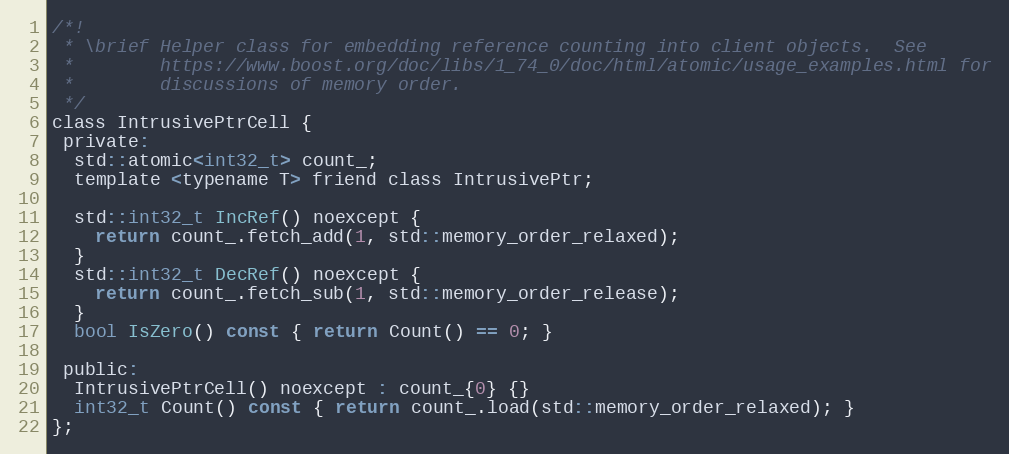
Language: C
/*!
 * \brief Helper class for embedding reference counting into client objects.  See
 *        https://www.boost.org/doc/libs/1_74_0/doc/html/atomic/usage_examples.html for
 *        discussions of memory order.
 */
class IntrusivePtrCell {
 private:
  std::atomic<int32_t> count_;
  template <typename T> friend class IntrusivePtr;

  std::int32_t IncRef() noexcept {
    return count_.fetch_add(1, std::memory_order_relaxed);
  }
  std::int32_t DecRef() noexcept {
    return count_.fetch_sub(1, std::memory_order_release);
  }
  bool IsZero() const { return Count() == 0; }

 public:
  IntrusivePtrCell() noexcept : count_{0} {}
  int32_t Count() const { return count_.load(std::memory_order_relaxed); }
};